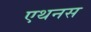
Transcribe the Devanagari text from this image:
एथनस